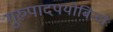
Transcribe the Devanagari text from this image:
गुरुपादपयोबिन्दोः